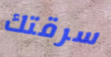
سرقتك